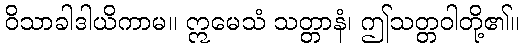
ဝိသာခါဒါယိကာမ။ ဣမေသံ သတ္တာနံ၊ ဤသတ္တဝါတို့၏။